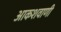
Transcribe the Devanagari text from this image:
आकशवाणी